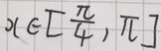
x \in [ \frac { \pi } { 4 } , \pi ]